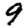
Digit: 9